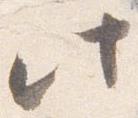
此